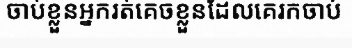
ចាប់ខ្លួនអ្នករត់គេចខ្លួនដែលគេរកចាប់